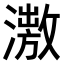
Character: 𣿗